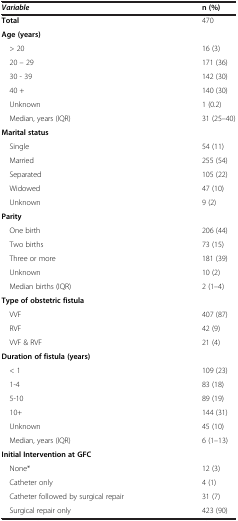
<table><thead><tr><td><b><i>Variable</i></b></td><td><b>n (%)</b></td></tr></thead><tbody><tr><td><b>Total</b></td><td>470</td></tr><tr><td><b>Age (years)</b></td><td> </td></tr><tr><td> &gt; 20</td><td>16 (3)</td></tr><tr><td> 20 – 29</td><td>171 (36)</td></tr><tr><td> 30 - 39</td><td>142 (30)</td></tr><tr><td> 40 +</td><td>140 (30)</td></tr><tr><td> Unknown</td><td>1 (0.2)</td></tr><tr><td> Median, years (IQR)</td><td>31 (25–40)</td></tr><tr><td><b>Marital status</b></td><td> </td></tr><tr><td> Single</td><td>54 (11)</td></tr><tr><td> Married</td><td>255 (54)</td></tr><tr><td> Separated</td><td>105 (22)</td></tr><tr><td> Widowed</td><td>47 (10)</td></tr><tr><td> Unknown</td><td>9 (2)</td></tr><tr><td><b>Parity</b></td><td> </td></tr><tr><td> One birth</td><td>206 (44)</td></tr><tr><td> Two births</td><td>73 (15)</td></tr><tr><td> Three or more</td><td>181 (39)</td></tr><tr><td> Unknown</td><td>10 (2)</td></tr><tr><td> Median births (IQR)</td><td>2 (1–4)</td></tr><tr><td><b>Type of obstetric fistula</b></td><td> </td></tr><tr><td> VVF</td><td>407 (87)</td></tr><tr><td> RVF</td><td>42 (9)</td></tr><tr><td> VVF &amp; RVF</td><td>21 (4)</td></tr><tr><td><b>Duration of fistula (years)</b></td><td> </td></tr><tr><td> &lt; 1</td><td>109 (23)</td></tr><tr><td> 1-4</td><td>83 (18)</td></tr><tr><td> 5-10</td><td>89 (19)</td></tr><tr><td> 10+</td><td>144 (31)</td></tr><tr><td> Unknown</td><td>45 (10)</td></tr><tr><td> Median, years (IQR)</td><td>6 (1–13)</td></tr><tr><td><b>Initial Intervention at GFC</b></td><td> </td></tr><tr><td> None*</td><td>12 (3)</td></tr><tr><td> Catheter only</td><td>4 (1)</td></tr><tr><td> Catheter followed by surgical repair</td><td>31 (7)</td></tr><tr><td> Surgical repair only</td><td>423 (90)</td></tr></tbody></table>